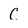
Character: C